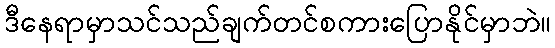
ဒီနေရာမှာသင်သည်ချက်တင်စကားပြောနိုင်မှာဘဲ။